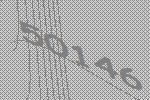
50146